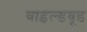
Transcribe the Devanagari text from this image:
वाइल्डवूड